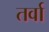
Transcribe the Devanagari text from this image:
तर्वा